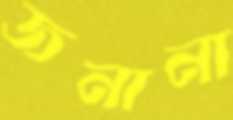
জনানা